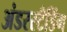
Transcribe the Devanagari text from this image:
अंडरस्टँडिंग